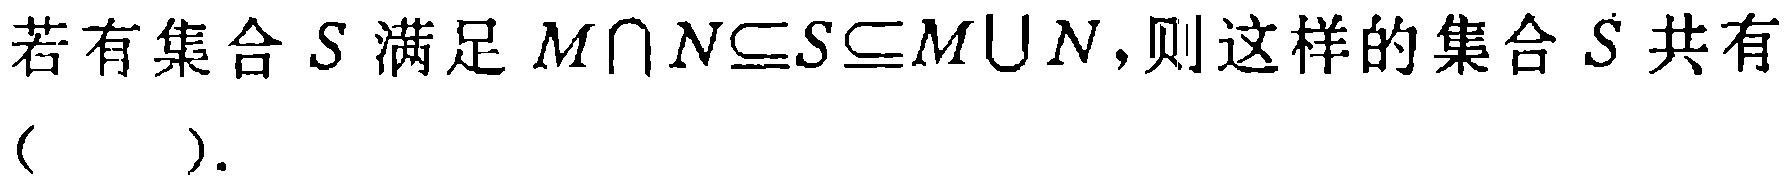
若有集合\(S\)满足\(M\cap N\subseteq S\subseteq M\cup N\)，则这样的集合\(S\)共有（  ）.